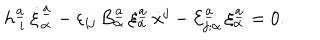
LaTeX: h _ { \ i } ^ { \underline { { { a } } } } \, \dot { \xi } _ { \alpha } ^ { \underline { { { a } } } } - \varepsilon _ { i j } \, B _ { \alpha } ^ { \underline { { { a } } } } \, \xi _ { \alpha } ^ { \underline { { { a } } } } \, \dot { x } ^ { j } - { \cal E } _ { j ; \alpha } ^ { \underline { { { a } } } } \, \xi _ { \alpha } ^ { \underline { { { a } } } } = 0 .